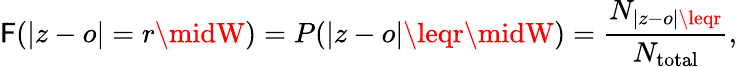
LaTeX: \mathsf{F}(|z-o|=r\midW)=P(|z-o|\leqr\midW)=\frac{{N_{|z-o|\leqr}}}{{N_{\mathrm{{total}}}}},